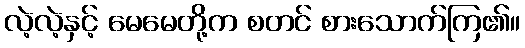
လဲ့လဲ့နှင့် မေမေတို့က စတင် စားသောက်ကြ၏။